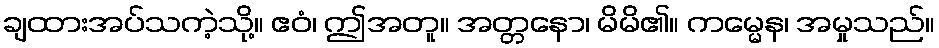
ချထားအပ်သကဲ့သို့။ ဧဝံ၊ ဤအတူ။ အတ္တနော၊ မိမိ၏။ ကမ္မေန၊ အမှုသည်။